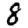
Digit: 8